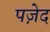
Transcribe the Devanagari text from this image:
पज़ेद